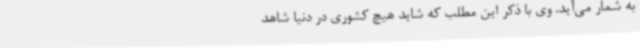
به شمار می‌آید. وی با ذکر این مطلب که شاید هیچ کشوری در دنیا شاهد